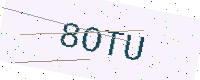
Text: 8OTU